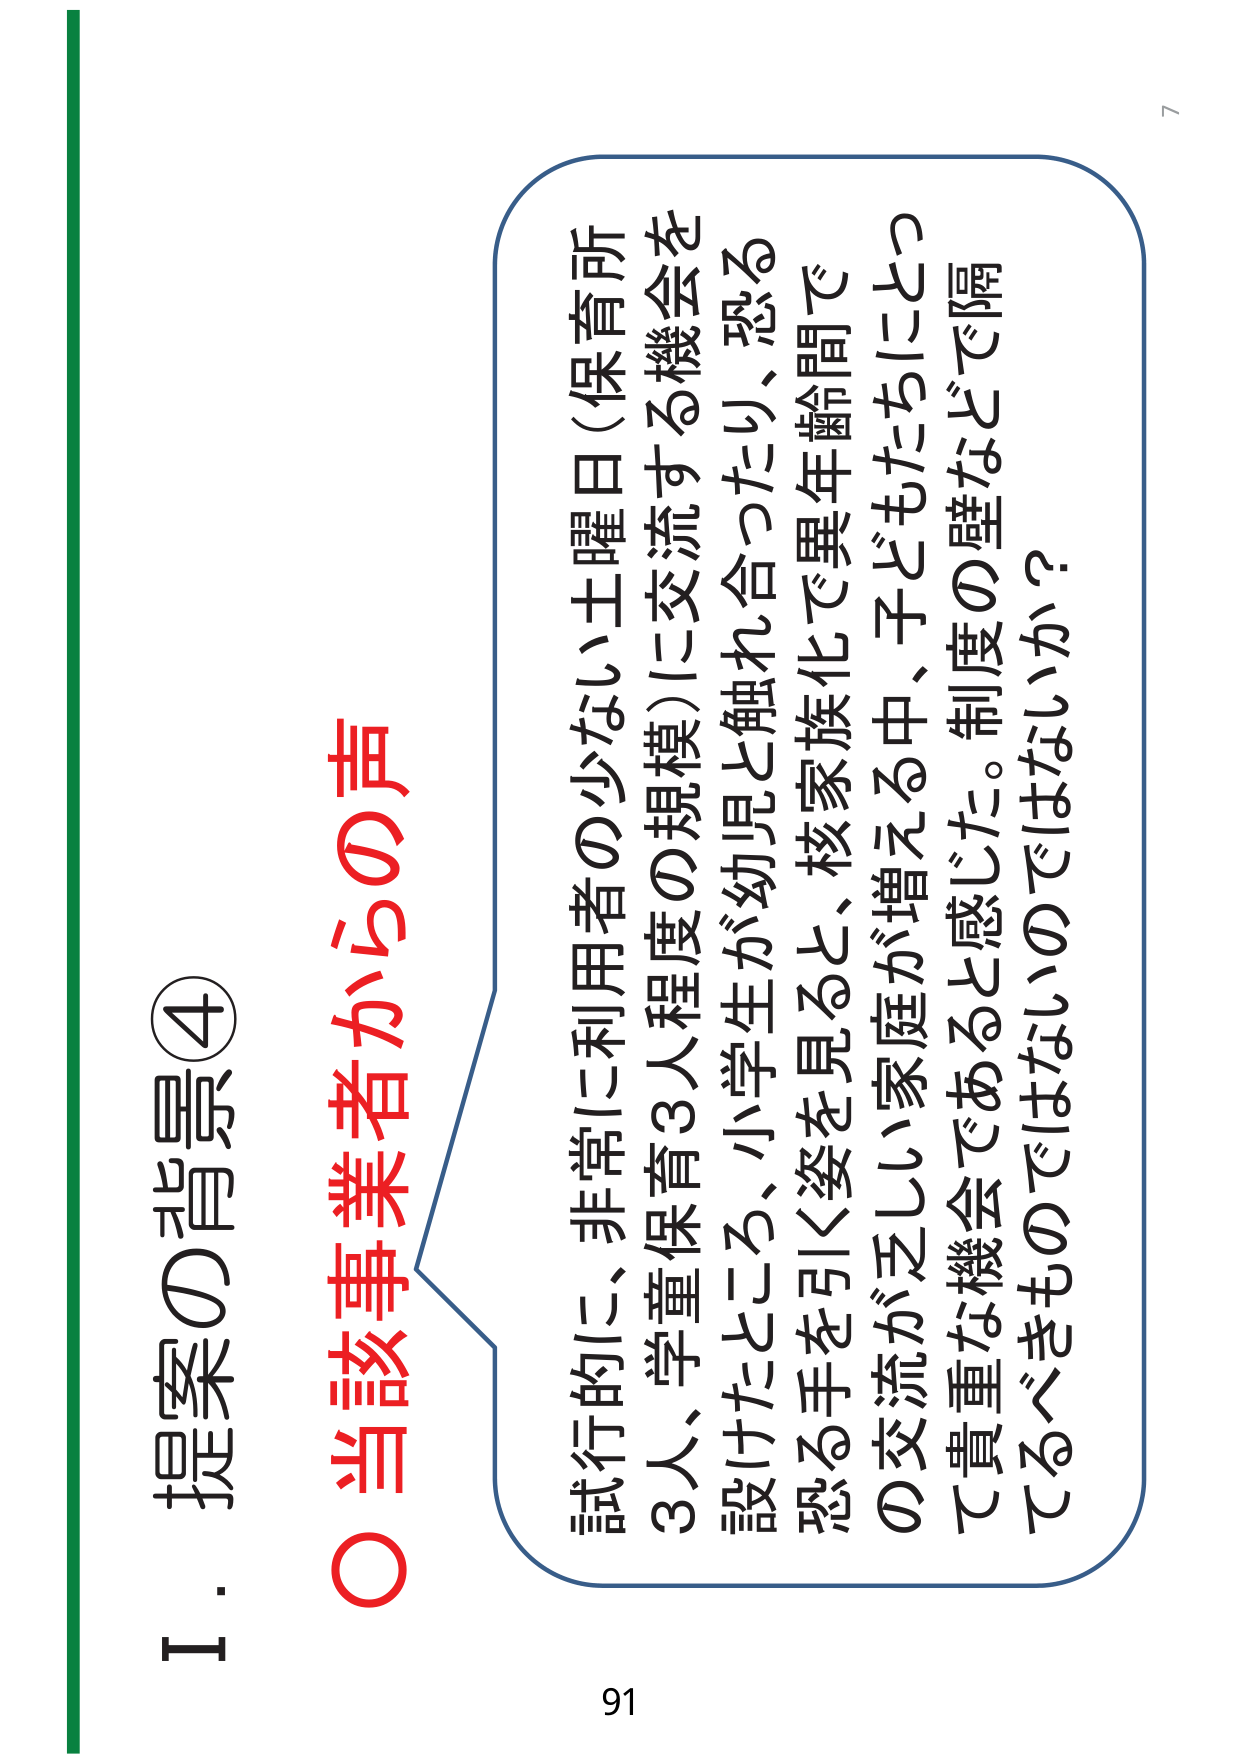
Ⅰ．提案の背景④
○当該事業者からの声

試行的に、非常に利用者の少ない土曜日（保育所
3人、学童保育3人程度の規模）に交流する機会を
設けたところ、小学生が幼児と触れ合ったり、恐る
恐る手を引く姿を見ると、核家族化で異年齢間で
の交流が乏しい家庭が増える中、子どもたちにとっ
て貴重な機会であると感じた。制度の壁などで隔
てるべきものではないのではないか？

91
7